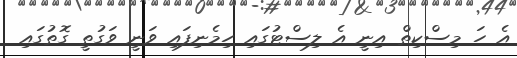
އެ ހަ މިސްކިތް އިނީ އެ ލިސްޓުގައި ހިމެނިފައި ވަނީ ވަގުތީ ގޮތުގައި